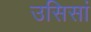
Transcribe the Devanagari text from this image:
उसिसां